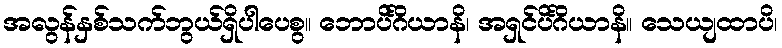
အလွန်နှစ်သက်ဘွယ်ရှိပါပေစွ။ ဘောပိင်္ဂိယာနိ၊ အရှင်ပိင်္ဂိယာနိ။ သေယျထာပိ၊